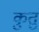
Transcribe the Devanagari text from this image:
कुतु